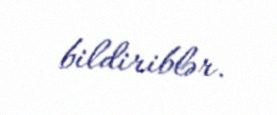
bildiriblər.